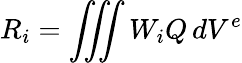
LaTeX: R_{i}=\iiint W_{i}Q\, dV^{e}